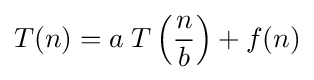
T(n)=a\;T\left({\frac {n}{b}}\right)+f(n)